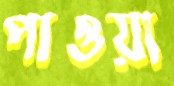
পাওয়া